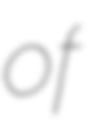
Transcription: of